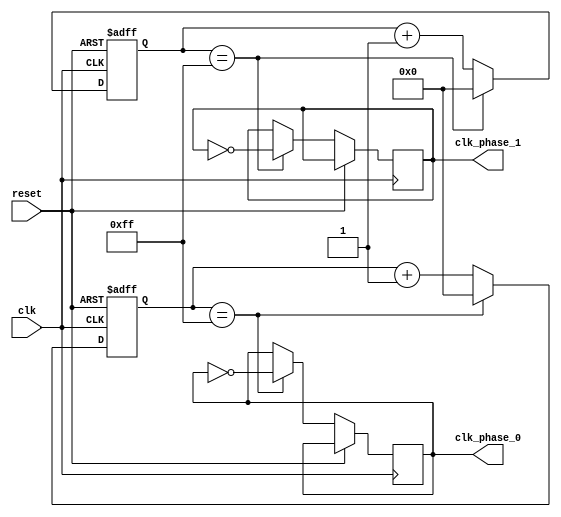
module multi_phase_clock_divider (
  input clk,
  input reset,
  output reg clk_phase_0,
  output reg clk_phase_1,
  // add more output clock signals as needed
);

reg [7:0] counter_0;
reg [7:0] counter_1;
// add more counters as needed

always @(posedge clk or posedge reset) begin
  if (reset) begin
    counter_0 <= 8'b00000000;
    counter_1 <= 8'b00000000;
    // reset additional counters as needed
  end else begin
    if (counter_0 == 8'b11111111) begin
      counter_0 <= 8'b00000000;
      clk_phase_0 <= ~clk_phase_0;
    end else begin
      counter_0 <= counter_0 + 1;
    end
    
    if (counter_1 == 8'b11111111) begin
      counter_1 <= 8'b00000000;
      clk_phase_1 <= ~clk_phase_1;
    end else begin
      counter_1 <= counter_1 + 1;
    end
    // update additional counters and output clock signals as needed
  end
end

endmodule